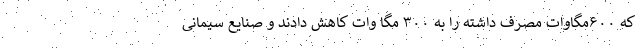
که ۶۰۰مگاوات مصرف داشته را به ۳۰۰ مگا وات کاهش دادند و صنایع سیمانی